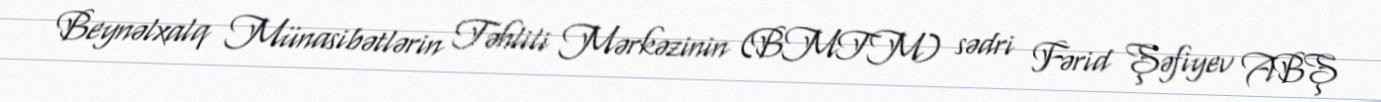
Beynəlxalq Münasibətlərin Təhlili Mərkəzinin (BMTM) sədri Fərid Şəfiyev ABŞ